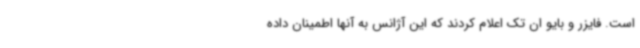
است. فایزر و بایو ان تک اعلام کردند که این آژانس به آنها اطمینان داده